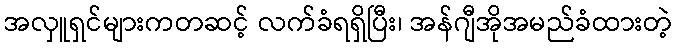
အလှူရှင်များကတဆင့် လက်ခံရရှိပြီး၊ အန်ဂျီအိုအမည်ခံထားတဲ့